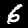
Label: 6